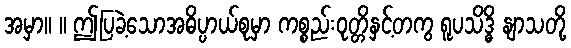
အမှာ။ ။ ဤပြခဲ့သောအဓိပ္ပာယ်စုမှာ ကစ္စည်းဝုတ္တိနှင့်တကွ ရူပသိဒ္ဓိ နျာသတို့